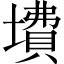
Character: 𱘃